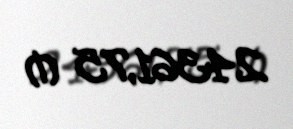
24361,75 ₼